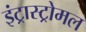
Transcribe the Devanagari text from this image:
इंट्रास्ट्रोमल